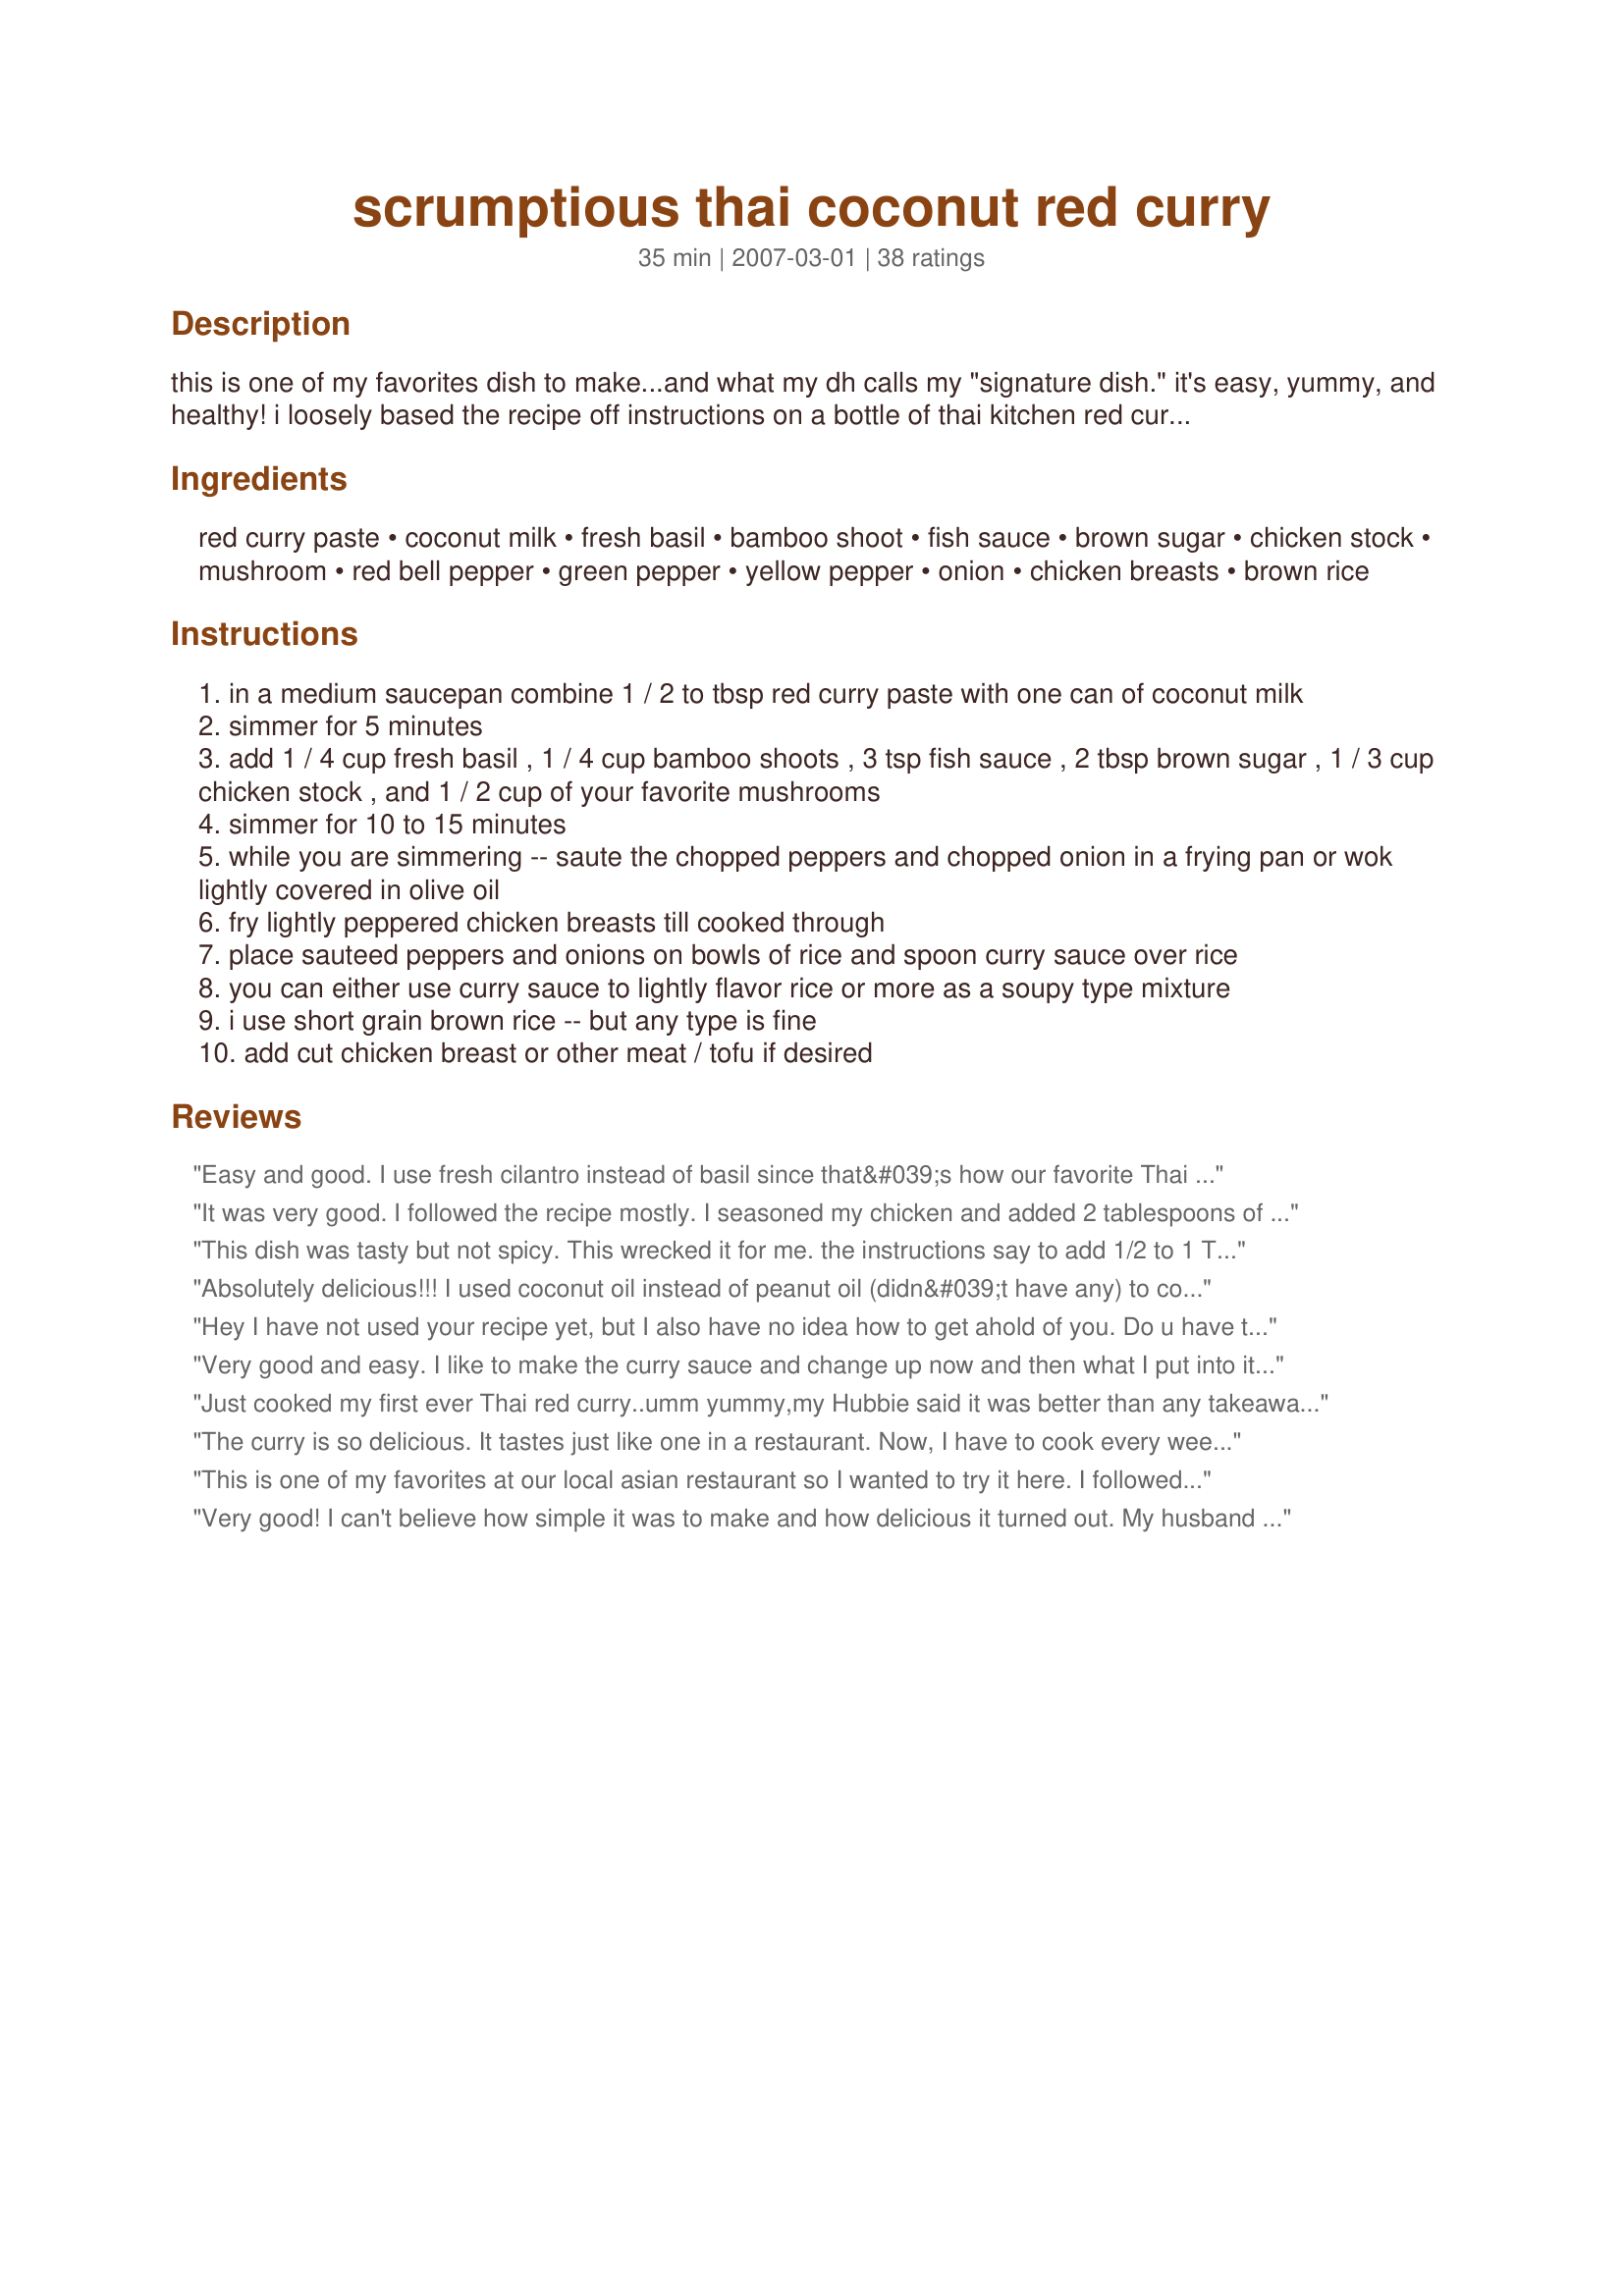
scrumptious thai coconut red curry
Preparation time: 35 minutes

this is one of my favorites dish to make...and what my dh calls my "signature dish." it's easy, yummy, and healthy! i loosely based the recipe off instructions on a bottle of thai kitchen red curry paste. rice expressions has an organic frozen short grain rice package that is perfect with this dish. i often sub in pan fried firm tofu instead of the chicken...and certainly you can mix up the veggies with what you have on hand.
enjoy!

Ingredients:
red curry paste, coconut milk, fresh basil, bamboo shoot, fish sauce, brown sugar, chicken stock, mushroom, red bell pepper, green pepper, yellow pepper, onion, chicken breasts, brown rice

Steps:
in a medium saucepan combine 1 / 2 to tbsp red curry paste with one can of coconut milk
simmer for 5 minutes
add 1 / 4 cup fresh basil , 1 / 4 cup bamboo shoots , 3 tsp fish sauce , 2 tbsp brown sugar , 1 / 3 cup chicken stock , and 1 / 2 cup of your favorite mushrooms
simmer for 10 to 15 minutes
while you are simmering -- saute the chopped peppers and chopped onion in a frying pan or wok lightly covered in olive oil
fry lightly peppered chicken breasts till cooked through
place sauteed peppers and onions on bowls of rice and spoon curry sauce over rice
you can either use curry sauce to lightly flavor rice or more as a soupy type mixture
i use short grain brown rice -- but any type is fine
add cut chicken breast or other meat / tofu if desired

Reviews:
Easy and good. I use fresh cilantro instead of basil since that&#039;s how our favorite Thai restaurant does it. Tastes very similar to theirs. Served with Jasmine rice. Yum.
It was very good. I followed the recipe mostly. I seasoned my chicken and added 2 tablespoons of red curry paste. I also added Thai peppers for spiciness and garlic chili pepper hot sauce. You can find that in the Asian cuisine section. The fish sauce is def strong! and stinks. I used 2 tbl but next time I will use 1. I added fresh basil, fresh cilantro and 2&quot; of lemon grass stalk. After I cooked and seared my chicken I let it cook in the curry for 25 minutes. Also I forgot the yellow pepper and it turned out fine. My boyfriend says that it is one of my top dishes. I&#039;d give it 4-4^1/2 just because of the fish sauce, didn&#039;t come out spicy and the broth was not enough.
This dish was tasty but not spicy. This wrecked it for me. the instructions say to add 1/2 to 1 Tablespoon of Red Curry Paste. It further says that they add a full Tablespoon because they like it spicy. I added the 1 Tablespoon and it has NO heat. NONE. This wrecked the dish for me. the next day, I added another Tablespoon to the remainder of the dish (about half was left), and it also had NO HEAT! I had this at a restaurant and it was very spicy. I think it would be great if it delivered heat as promised.
Absolutely delicious!!! I used coconut oil instead of peanut oil (didn&#039;t have any) to cook chicken and peppers. Before serving I mixed everything together then poured it over rice. Big hit!! Will definitely make this dish again!
Hey I have not used your recipe yet, but I also have no idea how to get ahold of you. Do u have to use fish sauce in the recipe? Or any suggestions of where I could buy fish sauce?
Very good and easy. I like to make the curry sauce and change up now and then what I put into it. Sometimes vegetarian sometimes with chicken etc. Thanks!
Just cooked my first ever Thai red curry..umm yummy,my Hubbie said it was better than any takeaway Thai curry we have had,he then had seconds..It was gorgeous even if I say so myself..will definately be making in the very near future..
The curry is so delicious. It tastes just like one in a restaurant. Now, I have to cook every week because my children want it.
This is one of my favorites at our local asian restaurant so I wanted to try it here. I followed the directions exactly, except for leaving out the peppers (weren't avaliable). The fish sauce taste was a little strong for me, but other than that good recipe. I also had to quadruple the red curry paste, but I think the brand I was using was less spicy than the authors. I made it with chicken and served over basmati rice. Made for Zaar Chef Alphabet Soup game.
Very good! I can't believe how simple it was to make and how delicious it turned out. My husband commented that it tastes like something we would get at a restaurant! We skipped the peppers and bamboo shoots because we didn't have any, and made it with the chicken. Thanks!
This was absolutely delicious! I made this for my boyfriend and we could not stop eating it!
Stunning meal, weekly family favourite.
I would give this recipe 6 stars if I could!!!! I substitute scallops, fish and prawns for the chicken, adding them to the sauce for a few minutes (till cooked) before serving. This has fast become my familys favourite meal!!!! TYVM
I have made this recipe 4 times now, each time with different vegetables and meat, and they all came out excellent! I tried adding firm tofu, cauliflower, carrots, &amp; eggplant! When I didn&#039;t have enough coconut milk on hand, I sub half of it with milk and cream. Sometimes I have it with garlic nann too. Yummeh.
Perfectly simple. Better than any similar recipe I&#039;ve tried.
Very yummy! I added a tbs of curry paste and a tsp of fish sauce to have it taste even better. Thanks!
This was really good. I used all the veg in my fridge - and word to the wise - probably want to skip the carrots next time... I used 3 peppers (red + green) an onion, a can of baby corn, fresh thai + italian basil and then curry sauce as directed plus...(a heaping tsp of chile garlic paste... and a large serrano chile.) Note - I mixed up the sauce in a bowl - stir fried the chicken in a wok and removed, then cooked the veg in the wok, then added the chicken and the sauce to the wok. It worked well... I feel like I save the cleaning of a third pot by using a bowl instead... This was very good and we&#039;ll be eating this again soon! Thanks!
I actually doubled it and I used green curry paste ,I also added a lot more vegetables .than recipe suggests. This recipe is awesome and easy to follow.
was ok, no matter what recipe i try i still does not taste like thai restaurant!! Not sure why it says chicken stock??? i use all fresh ingredients and make my own paste, think the sugar makes it taste a bit authentic...
I've made this twice now and just had to say how great it is. First time I used dried basil,this time had fresh and added the chicken. Used 1 1/2 tablespoons curry paste, might even bump it up a bit. Skipped the green peppers(personal preference) but did everything else per your instructions. Beautiful to look at as well. Fantastic, my husband and i can't get enough! Oh, used light coconut milk but didn't miss the fat. Thanks!
This recipe is generally good, but as other reviewers have stated, you have to add way more curry paste than it says. I have been using 3+ tablespoons ((prefer using green curry paste actually) and also throwing some chopped thai chilies and crushed red pepper in to add more of a kick...don&#039;t use the low fat coconut milk; I tried that the 2nd time and it wasn&#039;t nearly as good&lt;br/&gt;&lt;br/&gt;With these modifications, it is delicious and as good (or better) than you would get out at a lot of Thai restaurants outside of Thailand
Excellent dish. Very versatile and easy to adjust to taste. I also used plenty of curry and added chillis to turn up the heat. Thanks!
Excellent! Easy to make and easy to eat!
Made this last night and it was excellent. A couple of notes - the curry paste quantity doesn't make sense with the creators note. I'm wondering if it should read teaspoons instead of tablespoon? Either way, if you like it spicy, one tablespoon was too mild for us so we added another half tablespoon and could have added more. You need to read the recipe a couple of times before you start preparing. It doesn't tell you how the vegetables should be cut on the ingredient list. I went from memory on how our favorite Thai restaurant does it. This morning I noticed it indicated chopping the vegetable in the directions. Last note, we cut the chicken into small cubes, sauteed in a little oil them removed to a bowl. Then we sauteed the veggies, added the chicken AND the cooked curry broth all in one pan.
Oh my!!!! This was absolutely scrumptious indeed! I tripled it & had guests, who all raved about it. I used boneless, skinless chicken thighs, and used most all of a 4oz jar of red curry paste. Next time, I'll add a little more fresh basil. A nice addition is chopped peanuts, toasted unsweetened coconut, chopped fresh jalapenos, and Thai hot sauce, all on the table for each person to doctor their plate to taste. But it is fabulous without doctoring. Thanks for a GREAT recipe - I've been trying curry unsuccessfully until your recipe!
Although, I didn't add everything listed on the recipe, it turned out even better than I thought! I really just needed to know exactly how much seasoning to add in order to pull this off right. If you want it to taste like the Thai restaurants make sure you put a little more of all the seasonings/ingredients (coconut milk, curry paste, brown sugar, chicken broth and most importantly more fish sauce). I made mine simple just with chicken, basil, onions, potatoes and carrots. I also added a little bit of chicken bouillon powder, garlic powder, and ginger powder. A lot of seasoning yet so delicious!
I make this dish all the time... is to make this dish sing ...add lemongrass, and a couple lime leaves (or lime zest - if you can&#039;t find leaves) ...and some Thai basil right before taking off the stove.
Also i find save yourself the washing up - add everything into 1 pan... fry veggies&amp; tofu ...then garlic ginger, spices, coconut...etc
ah thank you, thank you very much, surfin' chef! your hubby's right: this must be your "signature dish" and it's rapidly becoming mine too. boy, what an awesome constellation of flavors! we're vegetarians and used some "sirloin tips" my wife got from trader joe's the other day. i used 3 Tbs of red curry paste that had been sitting in my fridge for some time now. subbed julienned carrots for the bamboo shoots and made my own lobster-based fish sauce cuz i didn't have any. finally, i believe this dish could easily be made with cilantro leaves as well, after the model of another classic Thai tradition: Tom-ga-kai,,.
Great! I usually make this red curry with whatever veggies I have at hand (yesterday it was julienned zucchini, carrots, tomatoes, potatoes and onion), really anything works. I sometimes add a tbsp of peanut butter like in massaman curry. Delicious with short grain rice, hubby loves it, so do I!
That was super good thank you
I had to sign up to just comment. This is the best recipe I've managed to find and the only one that tastes like the restaurant version. I omitted the chicken stock and it didn't lose anything. I didn't trust the basil but it made a huge difference. Very happy.
I really, really enjoyed this recipe. I had leftover chicken, so I just chopped it up and let it simmer in the coconut milk. Fabulous and easy!
Very good! Made with the chicken.
This is the best curry recipe! We absolutely love it! We like it spicy so I add 4 Tbsp of red curry paste and then a couple of shakes of red pepper flakes. I also add extra mushrooms and some fresh green beans. We serve it over Basmati rice. This has become a once a week dish!
We really enjoyed this tasty curry. It is similar to how we make ours. I did add a little lime juice to the dish. Thank you for sharing this tasty treat. i served it over Jasmine Rice, with green onions, cilantro and toasted coconut.
Made for What&#039;s on the Menu? Tag Game.
This is the recipe I've been looking for since we fell in love with Thai curry a year ago! I've tried several recipes, but this is by far the closest to the dishes we've had at our favorite restaurants in our travels. I used a little over 1 tablespoon curry paste and even added a little crushed red pepper at the end--perfect! Omitted the basil and didn't miss it--not a huge fan, although I might add a few leaves next time for that authentic Thai flavor/aroma. Costco had a 6-pack red, orange and yellow peppers--used 1 of each color, and their rotisserie chicken worked great as well--cut up the breast portions and added to the sauteed peppers/onions at the end. I use light coconut milk and serve with brown rice for a 'healthier' dish. I can't wait until next fall to throw in some cubed baked pumpkin! (If you've never had pumpkin curry, put it on your list...)<br/>My son came over for dinner and the 3 of us finished it all! He wants to learn to make this, so we're having it again tomorrow night:)
This was really good. I went by the recipe for amount of curry paste to use, so it wasn&#039;t spicy enough (I love really spicy food), but I&#039;ll just add more of that next time. Easy &amp; quick to make, and tasted great!
Great recipe! The fish sauce does have strong flavor if you&#039;re not use to it. I doubled the recipe but reduced the fish sauce. The best curry paste brand that some Thai restaurants use (I used to work in a Thai restaurant) is Mae Ploy, you can get them in most Asian grocery stores. It spicier than other brand, so I would be careful and adjust it as I go. I also added lime leaves, and it gave the curry a nice tangy flavor.
